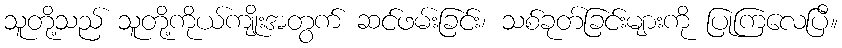
သူတို့သည် သူတို့ကိုယ်ကျိုးအတွက် ဆင်ဖမ်းခြင်း၊ သစ်ခုတ်ခြင်းများကို ပြုကြလေပြီ။